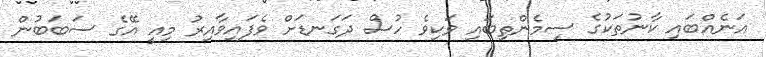
އަނެއްބައި ކާނުތަކުގެ ސިމެންތިބައި ވަކިވެ ހުސް ދަގަނޑަށް ވެފައިވާއިރު މިއީ އޭގެ ސަބަބުން